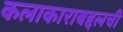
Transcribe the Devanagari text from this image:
कलाकाराबद्दलची